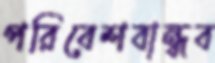
পরিবেশবান্ধব